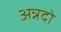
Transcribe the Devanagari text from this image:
अन्नदो